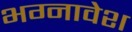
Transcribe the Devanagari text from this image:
भग्नावेश